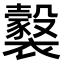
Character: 𧞹